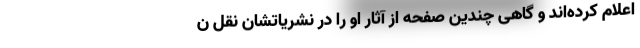
اعلام کرده‌اند و گاهی چندین صفحه از آثار او را در نشریاتشان نقل ن